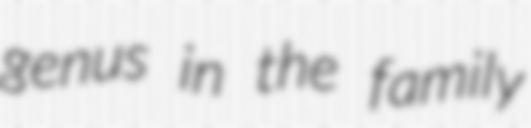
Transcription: genus in the family